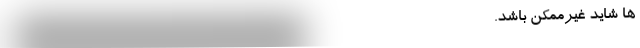
ها شاید غیرممکن باشد. -------------------------------------------